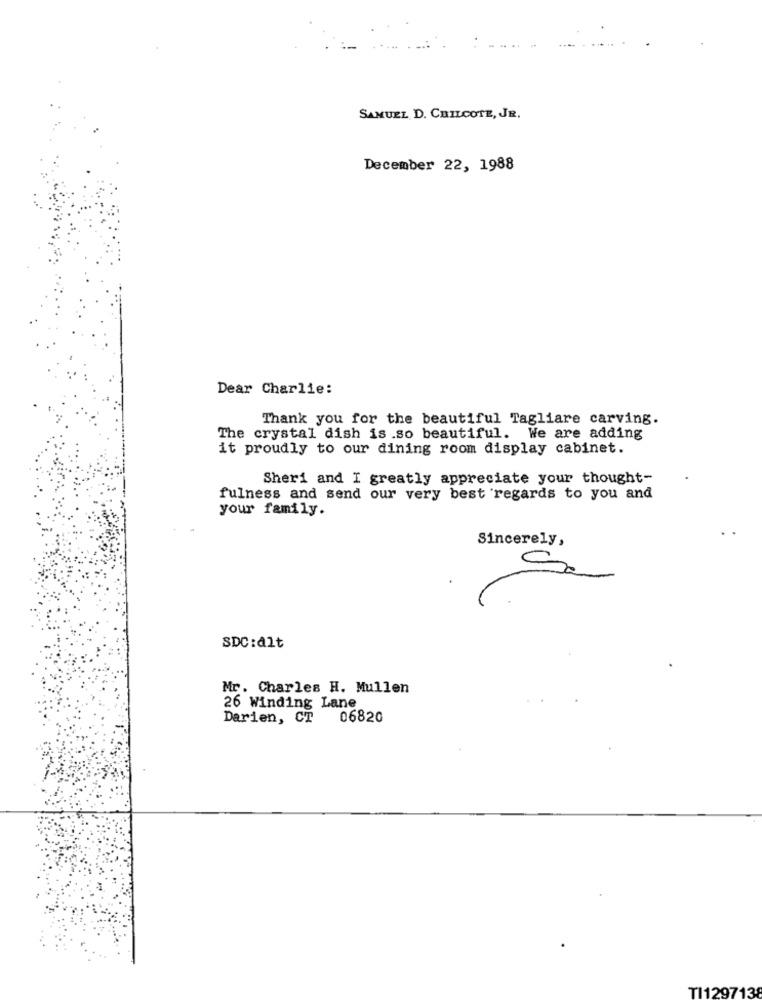
SAMUEL D. CHILCOTE, JR.
December 22, 1988
Dear Charlie:
Thank you for the beautiful Tagliare carving.
The crystal dish is .so beautiful. We are adding
it proudly to our dining room display cabinet.
Sheri and I greatly appreciate your thought-
fulness and send our very best regards to you and
your family.
Sincerely,
SDC:alt
Mr. Charles H. Mullen
26 Winding Lane
Darien, CT 06820
TI129713